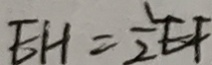
E H = \frac { 1 } { 2 } E F